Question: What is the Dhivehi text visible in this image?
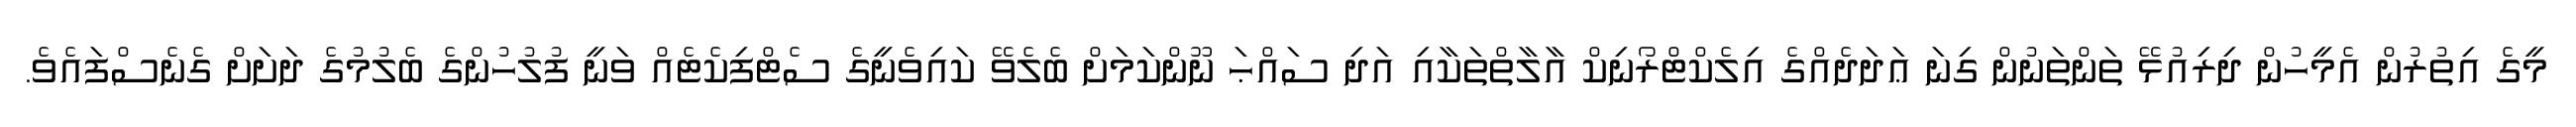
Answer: މީގެ އިތުރުން އެމީހުން ދިރިއުޅޭ ތަންތަނުން ގިނަ ޢަދަދެއްގެ އިލެކްޓްރޯނިކް އާލާތްތަކާއި އަދި ސައްޙަ ނޫންކަމަށް ބެލެވޭ ކައިވެނީގެ ސެޓްފިކެޓެއް ވަނީ ފުލުހުންގެ ބެލުމުގެ ދަށަށް ގެނެސްފައެވެ.